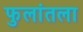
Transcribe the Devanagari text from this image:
फुलांतला